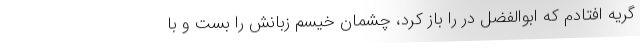
گریه افتادم که ابوالفضل در را باز کرد، چشمان خیسم زبانش را بست و با